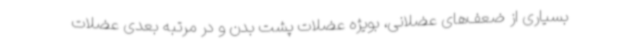
بسیاری از ضعف‌های عضلانی، بویژه عضلات پشت بدن و در مرتبه بعدی عضلات